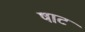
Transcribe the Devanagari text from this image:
षाट